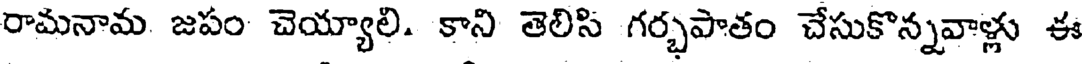
రామనామ జపం చెయ్యాలి. కాని తెలిసి గర్భపాతం చేసుకొన్నవాళ్లు ఈ